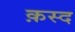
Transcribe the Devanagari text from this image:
क़स्द